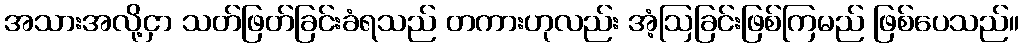
အသားအလို့ငှာ သတ်ဖြတ်ခြင်းခံရသည် တကားဟုလည်း အံ့ဩခြင်းဖြစ်ကြမည် ဖြစ်ပေသည်။